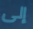
إلى